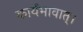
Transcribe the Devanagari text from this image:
कार्यभावात्।